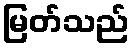
မြတ်သည်